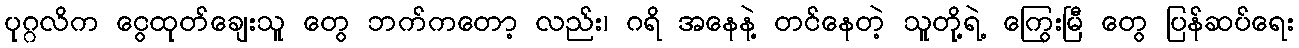
ပုဂ္ဂလိက ငွေထုတ်ချေးသူ တွေ ဘက်ကတော့ လည်း၊ ဂရိ အနေနဲ့ တင်နေတဲ့ သူတို့ရဲ့ ကြွေးမြီ တွေ ပြန်ဆပ်ရေး